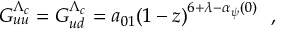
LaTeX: G _ { u u } ^ { \Lambda _ { c } } = G _ { u d } ^ { \Lambda _ { c } } = a _ { 0 1 } ( 1 - z ) ^ { 6 + \lambda - \alpha _ { \psi } ( 0 ) } \ \ ,